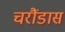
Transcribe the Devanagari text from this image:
चरौंडास